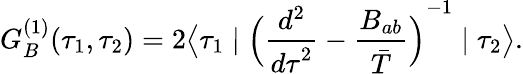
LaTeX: G_{B}^{(1)}(\tau_{1},\tau_{2})=2\bigl\langle\tau_{1}\mid{\Bigl({\frac{d^{2}}{{d\tau}^{2}}}-{\frac{B_{ab}}{\bar{T}}}\Bigl)}^{-1}\mid\tau_{2}\bigr\rangle.